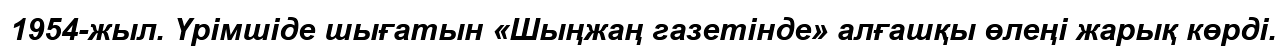
1954-жыл. Үрімшіде шығатын «Шыңжаң газетінде» алғашқы өлеңі жарық көрді.